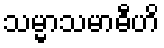
သမ္မာသမာဓီဟိ